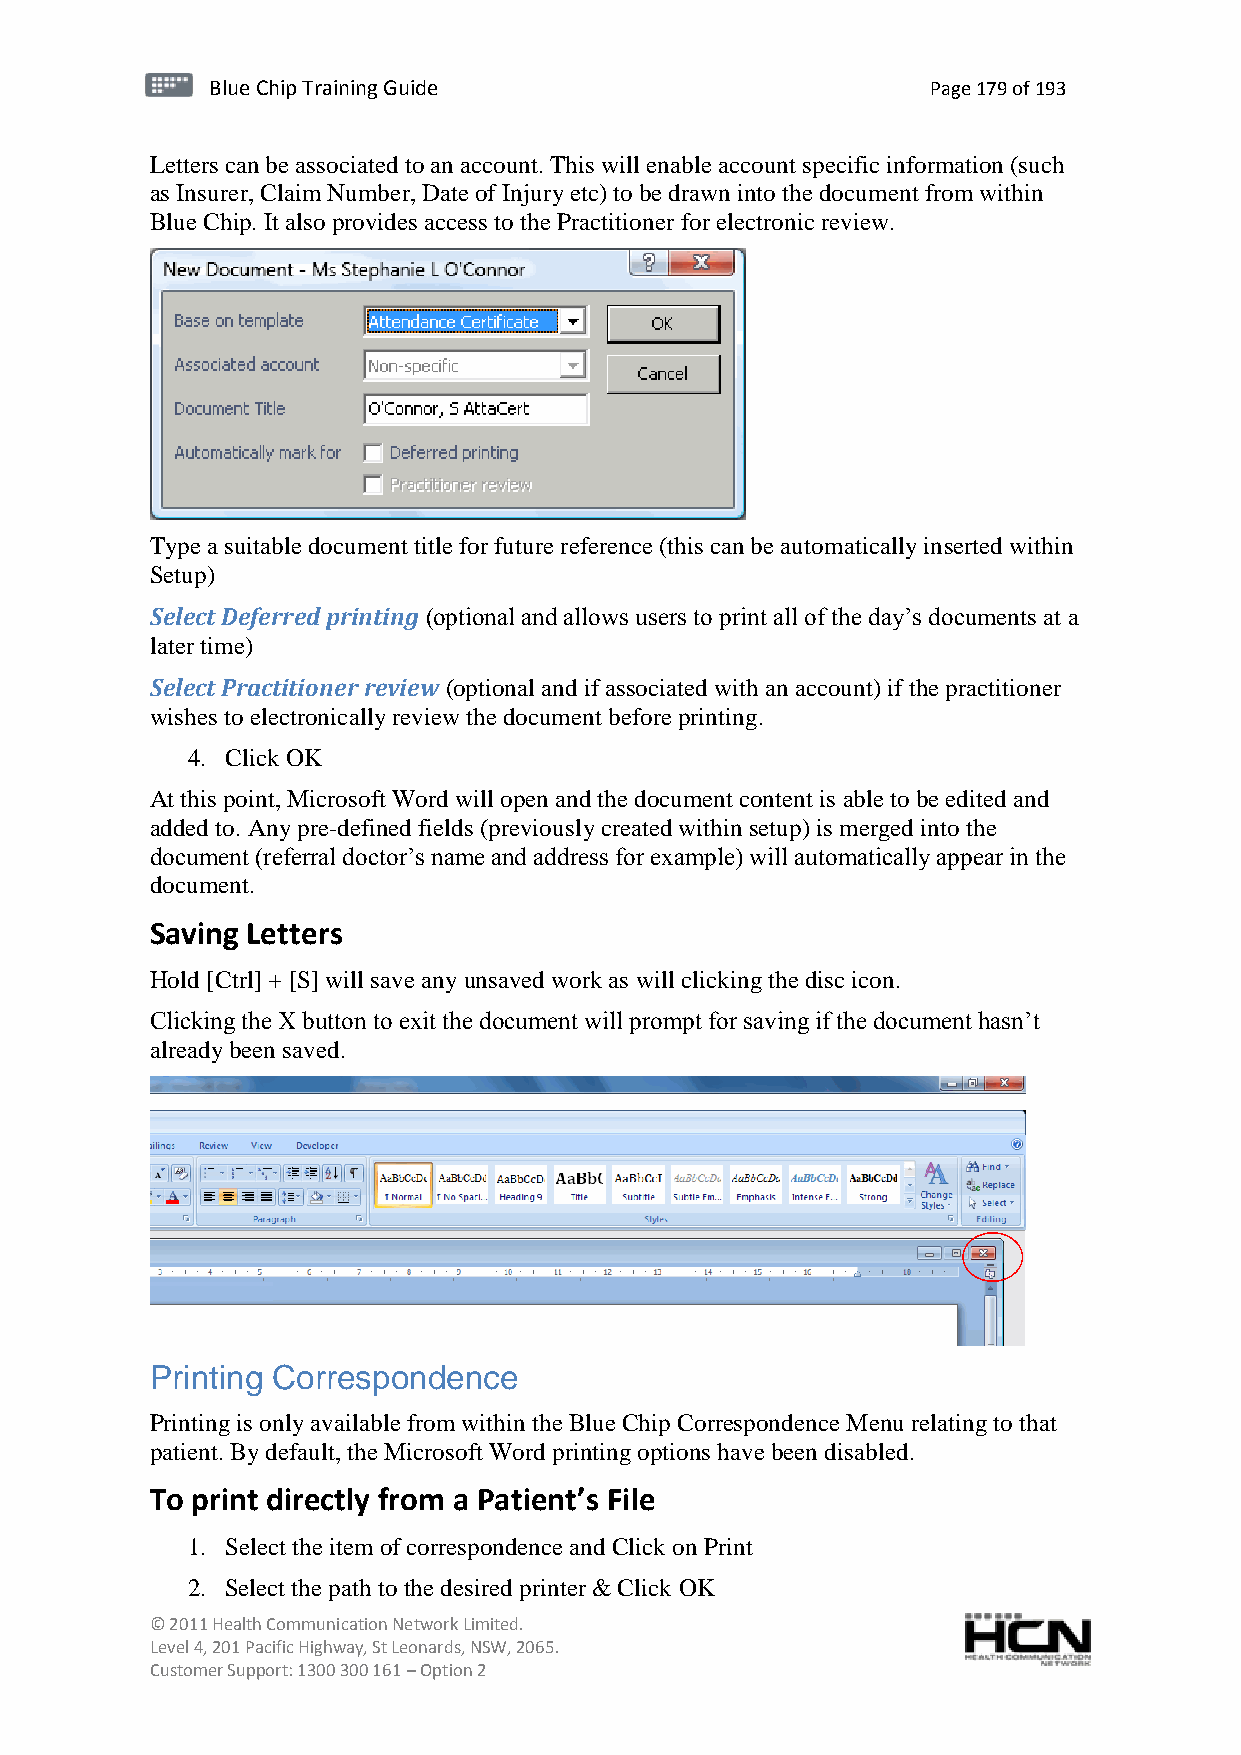
BBlluuee C Chihpi pTr Tairnainingi Gnugi dGeu ide Page 179 of 193
 Letters can be associated to an account. This will enable account specific information (such
 as Insurer, Claim Number, Date of Injury etc) to be drawn into the document from within
 Blue Chip. It also provides access to the Practitioner for electronic review.
 Type a suitable document title for future reference (this can be automatically inserted within
 Setup)
 Select Deferred printing (optional and allows users to print all of the day’s documents at a
 later time)
 Select Practitioner review (optional and if associated with an account) if the practitioner
 wishes to electronically review the document before printing.
 4. Click OK
 At this point, Microsoft Word will open and the document content is able to be edited and
 added to. Any pre-defined fields (previously created within setup) is merged into the
 document (referral doctor’s name and address for example) will automatically appear in the
 document.
 Saving Letters
 Hold [Ctrl] + [S] will save any unsaved work as will clicking the disc icon.
 Clicking the X button to exit the document will prompt for saving if the document hasn’t
 already been saved.
 Printing Correspondence
 Printing is only available from within the Blue Chip Correspondence Menu relating to that
 patient. By default, the Microsoft Word printing options have been disabled.
 To print directly from a Patient’s File
 1. Select the item of correspondence and Click on Print
 2. Select the path to the desired printer & Click OK
 © 2011 Health Communication Network Limited.
 Level 4, 201 Pacific Highway, St Leonards, NSW, 2065.
 Customer Support: 1300 300 161 – Option 2